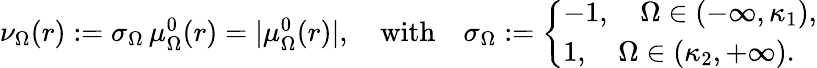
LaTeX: \begin{array}{r}{\nu_{\Omega}(r):=\sigma_{\Omega}\, \mu_{\Omega}^{0}(r)=|\mu_{\Omega}^{0}(r)|,\quad\mathrm{with}\quad\sigma_{\Omega}:=\left\{ \begin{array}{ll}{-1,\quad\Omega\in(-\infty,\kappa_{1}),}\\ {1,\quad\Omega\in(\kappa_{2},+\infty).}\end{array}\right.}\end{array}